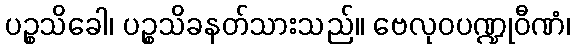
ပဉ္စသိခေါ၊ ပဉ္စသိခနတ်သားသည်။ ဗေလုဝပဏ္ဍုဝီဏံ၊